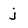
Character: j